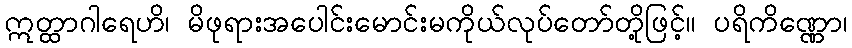
ဣတ္ထာဂါရေဟိ၊ မိဖုရားအပေါင်းမောင်းမကိုယ်လုပ်တော်တို့ဖြင့်။ ပရိကိဏ္ဏော၊